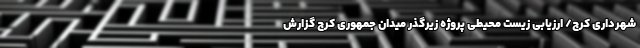
شهرداری کرج/ ارزیابی زیست محیطی پروژه زیرگذر میدان جمهوری کرج گزارش